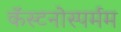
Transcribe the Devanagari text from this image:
कॅस्टनोस्पर्मम